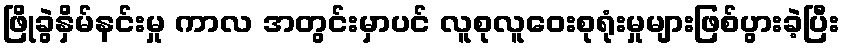
ဖြိုခွဲနှိမ်နင်းမှု ကာလ အတွင်းမှာပင် လူစုလူဝေးစုရုံးမှုများဖြစ်ပွားခဲ့ပြီး